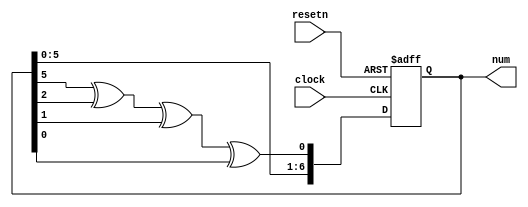
module randomGen #(parameter N = 7) (
    input clock,
    input resetn,
    output reg [N-1:0] num
);
    localparam seed = 3;
    reg closeLoop;
   

	 always@(*)
	 begin
		closeLoop <= num[5] ^ num[2] ^ num[1] ^ num[0];
	 end
	 
    always @(posedge clock, negedge resetn) begin
        if (!resetn)
            num <= seed;
        else 
            num <= {num[N-2:0], closeLoop};
    end
    
endmodule

//module randomGen #(parameter N = 7) (
//    input clock,
//    input resetn,
//    output reg [N-1:0] num
//);
//    localparam seed = 3;
//    reg closeLoop;
//	 reg [N-1:0] counter;
//	 
//	 always@(posedge clock, negedge resetn) begin
//		if (!resetn) begin
//			counter <= 0;
//		end
//		
//		else if (counter >= 60) begin
//			counter <= 0;
//		end
//		else begin
//			counter <= counter + 1;
//		end
//		num = counter;
//	 end
// 
//endmodule